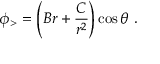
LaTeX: \phi _ { > } = \left( B r + { \frac { C } { r ^ { 2 } } } \right) \cos \theta \ .